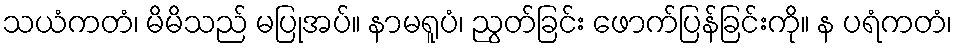
သယံကတံ၊ မိမိသည် မပြုအပ်။ နာမရူပံ၊ ညွတ်ခြင်း ဖောက်ပြန်ခြင်းကို။ န ပရံကတံ၊